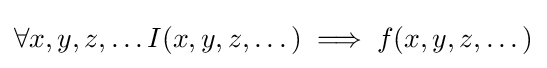
\forall x,y,z,\dots I(x,y,z,\dots )\implies f(x,y,z,\dots )